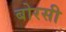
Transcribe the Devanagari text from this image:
बोरसी